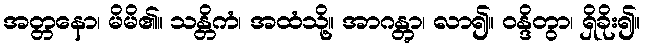
အတ္တနော၊ မိမိ၏။ သန္တိကံ၊ အထံသို့။ အာဂန္တွာ၊ လာ၍။ ဝန္ဒိတွာ၊ ရှိခိုး၍။